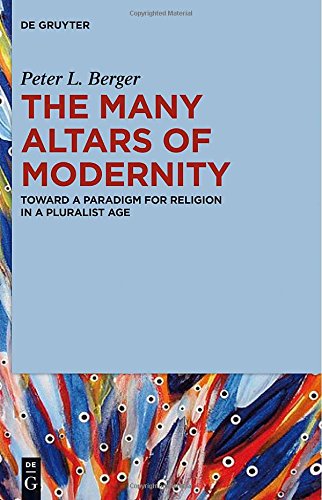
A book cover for The Many Altars of Modernity: Toward a Paradigm for Religion in a Pluralist Age; Peter L. Berger; Religion & Spirituality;